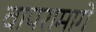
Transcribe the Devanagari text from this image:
वापरामागे